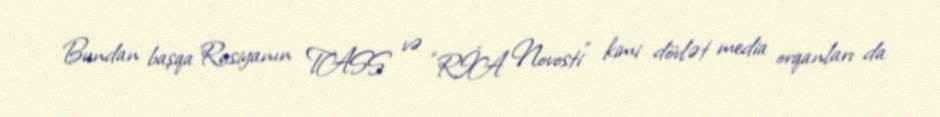
Bundan başqa Rusiyanın TASS və “RİA Novosti” kimi dövlət media orqanları da